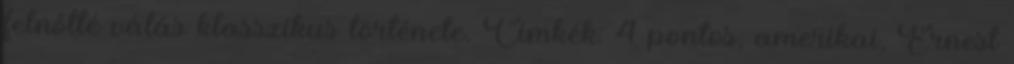
felnőtté válás klasszikus története. Címkék: 4 pontos, amerikai, Ernest